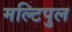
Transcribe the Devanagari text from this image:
मल्टिपुल